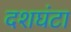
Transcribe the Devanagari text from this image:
दशघंटा